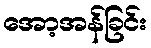
အော့အန်ခြင်း